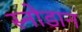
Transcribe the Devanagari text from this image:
स्नोडान